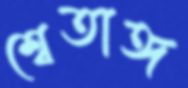
শ্বেতাঙ্গ